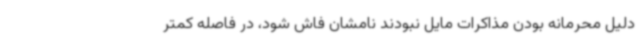
دلیل محرمانه بودن مذاکرات مایل نبودند نامشان فاش شود، در فاصله کمتر